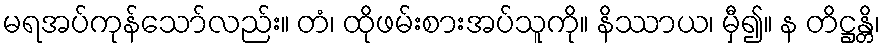
မရအပ်ကုန်သော်လည်း။ တံ၊ ထိုဖမ်းစားအပ်သူကို။ နိဿာယ၊ မှီ၍။ န တိဋ္ဌန္တိ၊